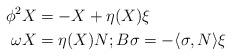
LaTeX: \begin{align*}\phi^2X &=-X+\eta(X)\xi \\\omega X &=\eta(X)N; B\sigma=-\langle \sigma,N\rangle \xi\end{align*}